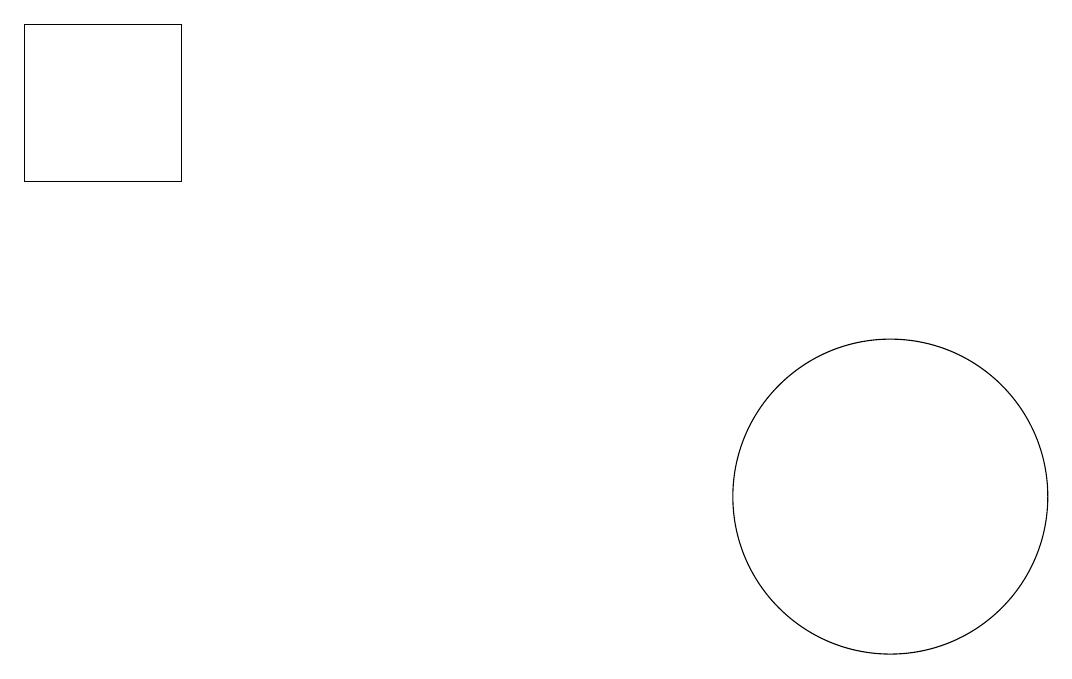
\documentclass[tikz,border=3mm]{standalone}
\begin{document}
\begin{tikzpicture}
\draw (11,10) circle (2);
\draw (10,11) circle (0);
\draw (0,14) rectangle (2,16);
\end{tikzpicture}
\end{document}